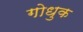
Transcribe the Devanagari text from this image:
गोधुक